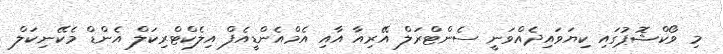
މި ވޯކްޝޮޕުގައި ކިޔަވައިދެއްވަނީ ސެންޓްރަލް އޭރިއާ އާއި އެމްއެންޑީއެފް އިލެކްޓްރިކަލް އެންޑް މެކޭނިކަލް